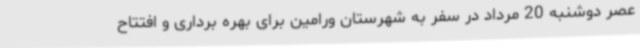
عصر دوشنبه 20 مرداد در سفر به شهرستان ورامین برای بهره برداری و افتتاح